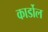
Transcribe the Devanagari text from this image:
कार्डोल